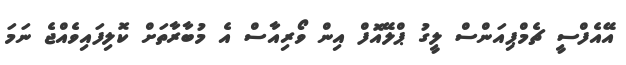
އޭއެފްސީ ޗެމްޕިއަންސް ލީގު ޕްލޭއޮފް އިން ވޯރިއާސް އެ މުބާރާތަށް ކޮލިފައިވެއްޖެ ނަމަ